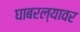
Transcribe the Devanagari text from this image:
घाबरल्यावर